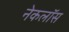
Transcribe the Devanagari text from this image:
नेकलॉस